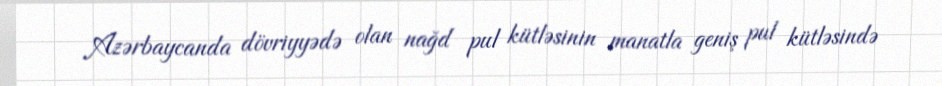
Azərbaycanda dövriyyədə olan nağd pul kütləsinin manatla geniş pul kütləsində